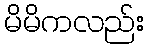
မိမိကလည်း